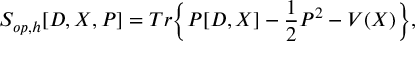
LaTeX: S _ { o p , h } [ D , X , P ] = T r \Big \{ P [ D , X ] - \frac { 1 } { 2 } P ^ { 2 } - V ( X ) \Big \} ,